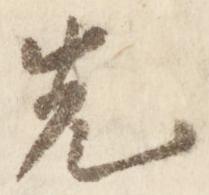
先